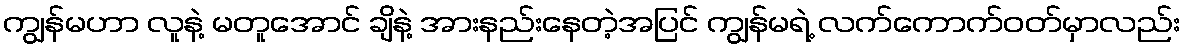
ကျွန်မဟာ လူနဲ့ မတူအောင် ချိနဲ့ အားနည်းနေတဲ့အပြင် ကျွန်မရဲ့ လက်ကောက်ဝတ်မှာလည်း